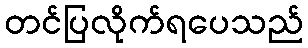
တင်ပြလိုက်ရပေသည်